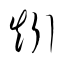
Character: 矧